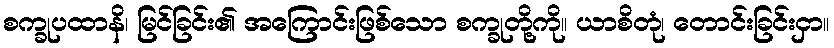
စက္ခုပထာနိ၊ မြင်ခြင်း၏ အကြောင်းဖြစ်သော စက္ခုတို့ကို။ ယာစိတုံ၊ တောင်းခြင်းငှာ။